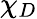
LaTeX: \chi_{D}